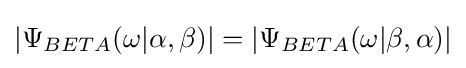
|\Psi _{BETA}(\omega |\alpha ,\beta )|=|\Psi _{BETA}(\omega |\beta ,\alpha )|